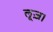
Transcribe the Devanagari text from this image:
लूज़।